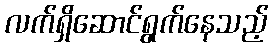
လက်ရှိဆောင်ရွက်နေသည့်